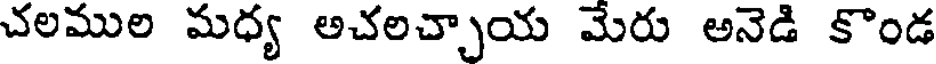
చలముల మధ్య అచలచ్చాయ మేరు అనెడి కొండ